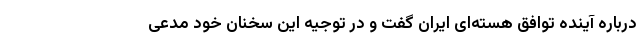
درباره آینده توافق هسته‌ای ایران گفت و در توجیه این سخنان خود مدعی